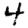
Digit: 4